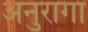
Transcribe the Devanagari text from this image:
अनुरागा